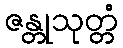
ဇန္တုသုတ္တံ